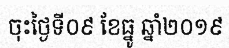
ចុះថ្ងៃទី០៩ ខែធ្នូ ឆ្នាំ២០១៩